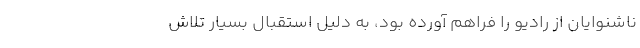
ناشنوایان از رادیو را فراهم آورده بود، به دلیل استقبال بسیار تلاش